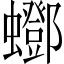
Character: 𧔛